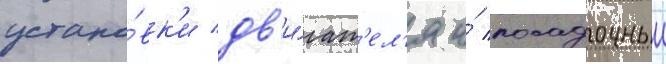
устано́вк'и дв'и́гат'ел'я и́ посадочныи